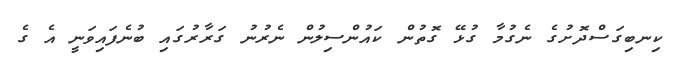
ކިނބިގަސްދޮށުގެ ނެގުމާ ގުޅޭ ގޮތުން ކައުންސިލުން ނެރުނު ގަރާރުގައި ބުނެފައިވަނީ އެ ގެ